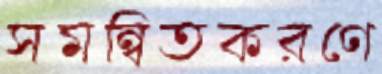
সমন্বিতকরণে